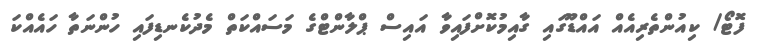
ފޮޓޯ/ ކިއުންތެރިއެއް އައްޑޫގައި ގާއިމުކޮށްފައިވާ އައިސް ޕްލާންޓްގެ މަސައްކަތް މެދުކެނޑިފައި ހުންނަތާ ހައެއްކަ